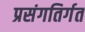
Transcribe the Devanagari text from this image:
प्रसंगतिर्गत